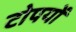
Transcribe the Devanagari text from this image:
टोपयों